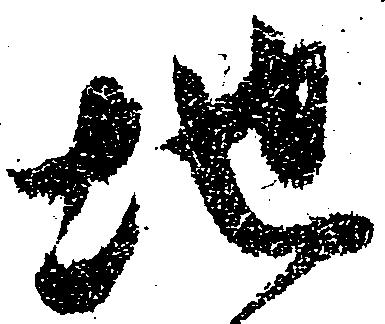
地